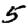
Digit: 5